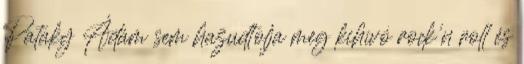
Pataky Ádám sem hazudtolja meg kihívó rock'n roll és